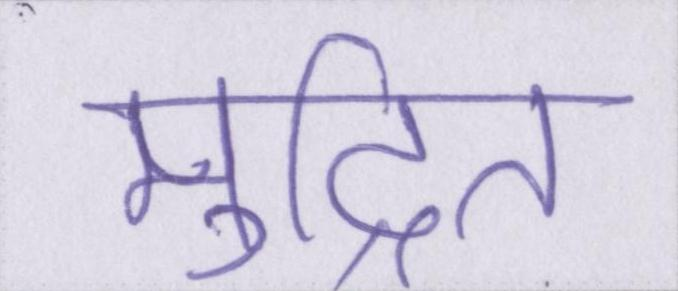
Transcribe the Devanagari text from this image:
मुद्रित